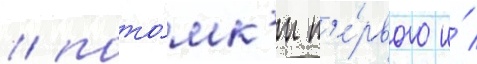
/ пото́мк'и п'е́рвого и́